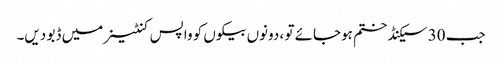
جب 30 سیکنڈ ختم ہوجائے تو ، دونوں بیکوں کو واپس کنٹینر میں ڈبو دیں۔